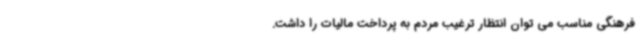
فرهنگی مناسب می توان انتظار ترغیب مردم به پرداخت مالیات را داشت.